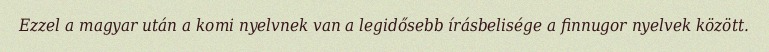
Ezzel a magyar után a komi nyelvnek van a legidősebb írásbelisége a finnugor nyelvek között.